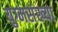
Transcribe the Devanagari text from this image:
युग्मसंख्या